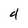
Character: 4